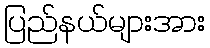
ပြည်နယ်များအား